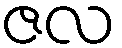
ဇလ